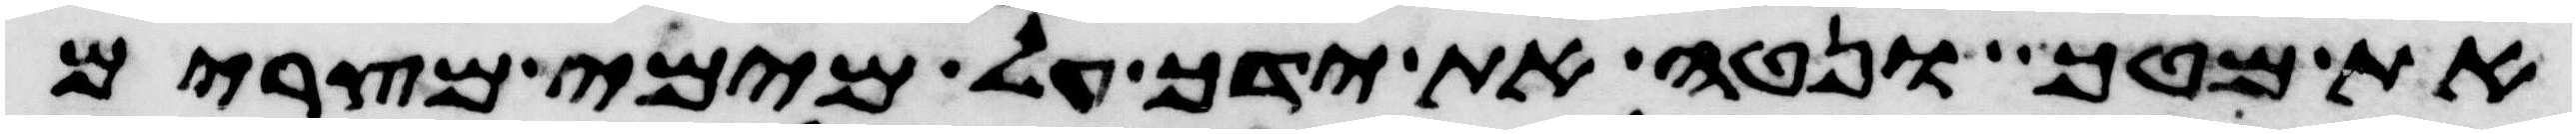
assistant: את מטך ונטה את ידך על מימי מצרים